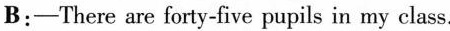
B:-There are forty-five pupils in my class.